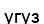
угуз